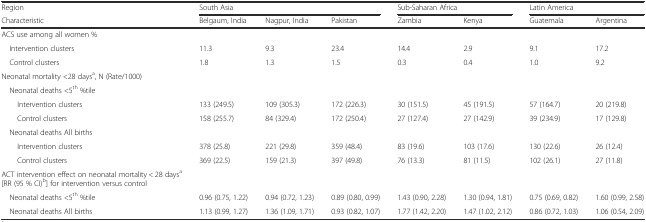
<table><thead><tr><td><b>Region</b></td><td colspan="3"><b>South Asia</b></td><td colspan="2"><b>Sub-Saharan Africa</b></td><td colspan="2"><b>Latin America</b></td></tr><tr><td><b>Characteristic</b></td><td><b>Belgaum, India</b></td><td><b>Nagpur, India</b></td><td><b>Pakistan</b></td><td><b>Zambia</b></td><td><b>Kenya</b></td><td><b>Guatemala</b></td><td><b>Argentina</b></td></tr></thead><tbody><tr><td>ACS use among all women %</td><td></td><td></td><td></td><td></td><td></td><td></td><td></td></tr><tr><td> Intervention clusters</td><td>11.3</td><td>9.3</td><td>23.4</td><td>14.4</td><td>2.9</td><td>9.1</td><td>17.2</td></tr><tr><td> Control clusters</td><td>1.8</td><td>1.3</td><td>1.5</td><td>0.3</td><td>0.4</td><td>1.0</td><td>9.2</td></tr><tr><td>Neonatal mortality &lt;28 days<sup>a</sup>, N (Rate/1000)</td><td></td><td></td><td></td><td></td><td></td><td></td><td></td></tr><tr><td> Neonatal deaths &lt;5<sup>th</sup> %tile</td><td></td><td></td><td></td><td></td><td></td><td></td><td></td></tr><tr><td>Intervention clusters</td><td>133 (249.5)</td><td>109 (305.3)</td><td>172 (226.3)</td><td>30 (151.5)</td><td>45 (191.5)</td><td>57 (164.7)</td><td>20 (219.8)</td></tr><tr><td>Control clusters</td><td>158 (255.7)</td><td>84 (329.4)</td><td>172 (250.4)</td><td>27 (127.4)</td><td>27 (142.9)</td><td>39 (234.9)</td><td>17 (129.8)</td></tr><tr><td> Neonatal deaths All births</td><td></td><td></td><td></td><td></td><td></td><td></td><td></td></tr><tr><td>Intervention clusters</td><td>378 (25.8)</td><td>221 (29.8)</td><td>359 (48.4)</td><td>83 (19.6)</td><td>103 (17.6)</td><td>130 (22.6)</td><td>26 (12.4)</td></tr><tr><td>Control clusters</td><td>369 (22.5)</td><td>159 (21.3)</td><td>397 (49.8)</td><td>76 (13.3)</td><td>81 (11.5)</td><td>102 (26.1)</td><td>27 (11.8)</td></tr><tr><td>ACT intervention effect on neonatal mortality &lt; 28 days<sup>a</sup> [RR (95 % CI)<sup>b</sup>] for intervention versus control</td><td></td><td></td><td></td><td></td><td></td><td></td><td></td></tr><tr><td> Neonatal deaths &lt;5<sup>th</sup> %tile</td><td>0.96 (0.75, 1.22)</td><td>0.94 (0.72, 1.23)</td><td>0.89 (0.80, 0.99)</td><td>1.43 (0.90, 2.28)</td><td>1.30 (0.94, 1.81)</td><td>0.75 (0.69, 0.82)</td><td>1.60 (0.99, 2.58)</td></tr><tr><td> Neonatal deaths All births</td><td>1.13 (0.99, 1.27)</td><td>1.36 (1.09, 1.71)</td><td>0.93 (0.82, 1.07)</td><td>1.77 (1.42, 2.20)</td><td>1.47 (1.02, 2.12)</td><td>0.86 (0.72, 1.03)</td><td>1.06 (0.54, 2.09)</td></tr></tbody></table>